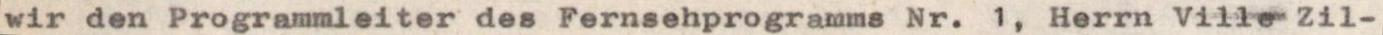
wir den Programmleiter des Fernsehprogramms Nr. 1, Herrn Ville Zil-